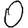
Digit: 0